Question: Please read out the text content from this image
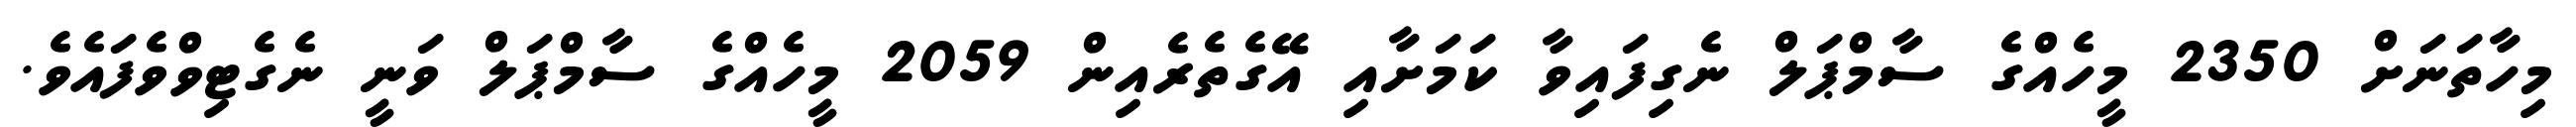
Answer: މިހާތަނަށް 2350 މީހެއްގެ ސާމްޕަލް ނެގިފައިވާ ކަމަށާއި އޭގެތެރެއިން 2059 މީހެއްގެ ސާމްޕަލް ވަނީ ނެގެޓިވްވެފައެވެ.